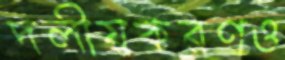
দলীয়করণও